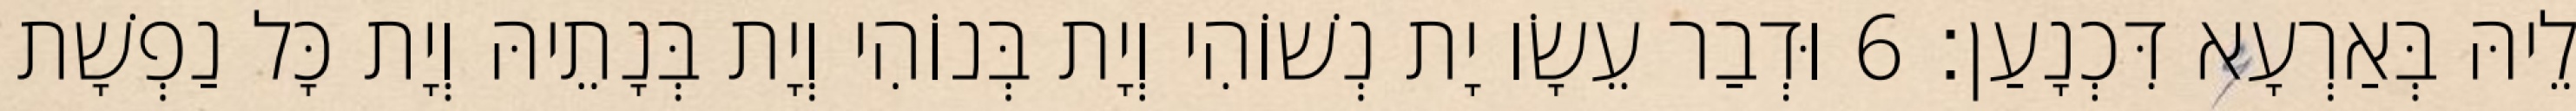
לֵיהּ בְּאַרְעָא דִּכְנָעַן׃ 6 וּדְבַר עֵשָׂו יָת נְשׁוֹהִי וְיָת בְּנוֹהִי וְיָת בְּנָתֵיהּ וְיָת כָּל נַפְשָׁת